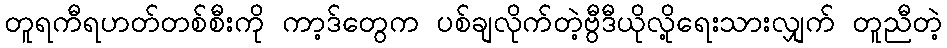
တူရကီရဟတ်တစ်စီးကို ကာ့ဒ်တွေက ပစ်ချလိုက်တဲ့ဗွီဒီယိုလို့ရေးသားလျှက် တူညီတဲ့